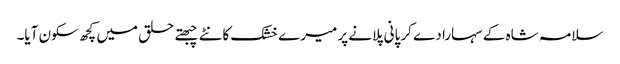
سلامہ شاہ کے سہارا دے کر پانی پلانے پر میرے خشک کانٹے چبھتے حلق میں کچھ سکون آیا۔